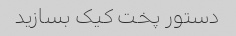
دستور پخت کیک بسازید